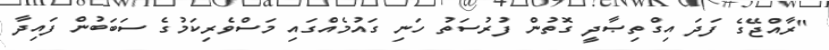
"ރާއްޖޭގެ ފަދަ އިގްތިޞާދީ ގޮތުން ފުރުސަތު ހަނި ގައުމެއްގައި މަސްވެރިކަމުގެ ސަބަބުން ފައިދާ